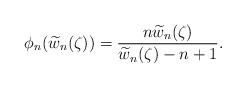
LaTeX: \begin{align*} \phi_{n}(\widetilde{w}_{n}(\zeta))=\frac{n\widetilde{w}_{n}(\zeta)}{\widetilde{w}_{n}(\zeta)-n+1}.\end{align*}